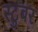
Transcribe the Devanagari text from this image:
स्टुबर